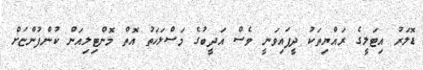
ޑޮލަރު އިޓަލީގެ ރައްޔިތަކު ދީފައިވަނީ ވެސް އަދީބުގެ މަސްލަހަތު އޮތް މޮންޓިލިއަން ކުންފުންޏަށް